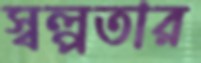
স্বল্পতার